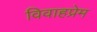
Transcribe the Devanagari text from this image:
विवाहप्रेम